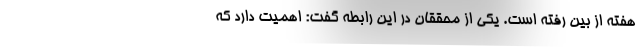
هفته از بین رفته است. یکی از محققان در این رابطه گفت: اهمیت دارد که